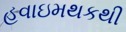
હવાઇમથકથી